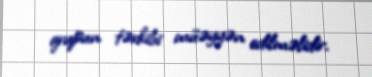
qrupun tərkibi müəyyən edilməlidir.